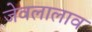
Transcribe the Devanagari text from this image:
जेवलालाव